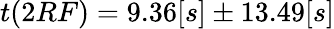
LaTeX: t(2RF)=9.36[s]\pm 13.49[s]